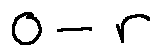
o - r